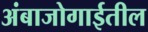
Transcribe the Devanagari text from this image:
अंबाजोगाईतील